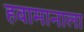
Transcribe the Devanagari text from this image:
हवामानाला